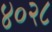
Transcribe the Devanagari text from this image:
४०२८